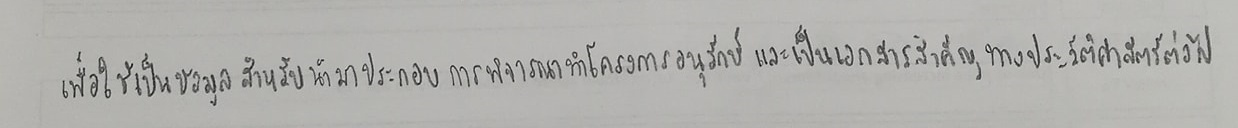
เพื่อใช้เป็นข้อมูลสำหรับนำมาประกอบการพิจารณาทำโครงการอนุรักษ์และเป็นเอกสารสำคัญทางประวัติศาสตร์ต่อไป